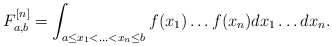
\begin{align*}F_{a,b}^{[n]}=\int_{a\leq x_1<\ldots<x_{n}\leq b}f(x_1)\ldots f(x_n) dx_1\ldots dx_n.\end{align*}